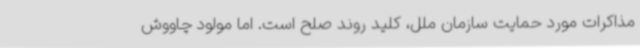
مذاکرات مورد حمایت سازمان ملل، کلید روند صلح است. اما مولود چاووش